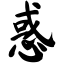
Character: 惑